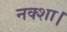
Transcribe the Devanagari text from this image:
नक्शा।